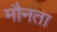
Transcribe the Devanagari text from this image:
मौनता